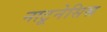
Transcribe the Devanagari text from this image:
नाटूनेसिस